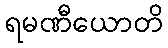
ရမဏီယောတိ